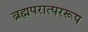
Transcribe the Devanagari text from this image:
ब्रह्मपरात्पररूप